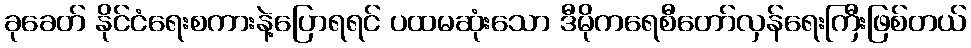
ခုခေတ် နိုင်ငံရေးစကားနဲ့ပြောရရင် ပထမဆုံးသော ဒီမိုကရေစီတော်လှန်ရေးကြီးဖြစ်တယ်